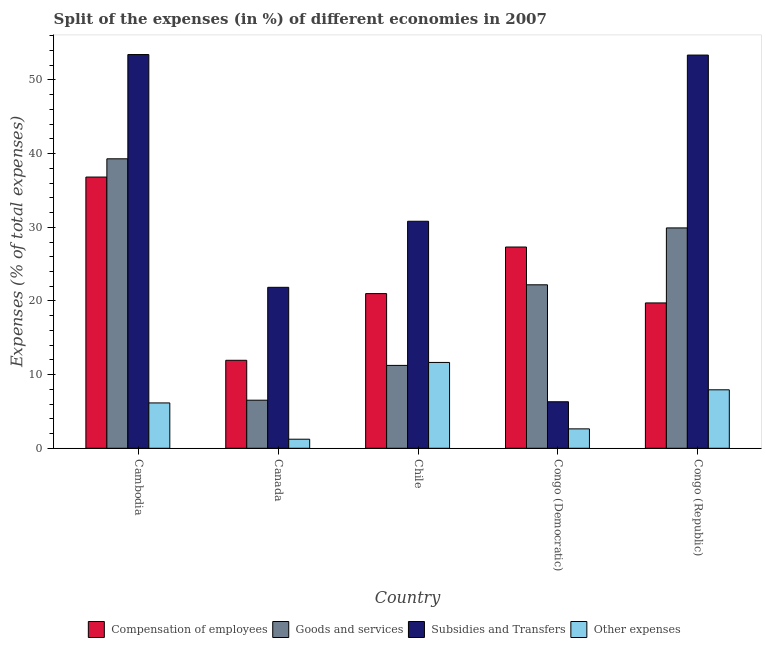
| Country | Compensation of employees | Goods and services | Subsidies and Transfers | Other expenses |
 | --- | --- | --- | --- | --- |
 | Cambodia | 36.8 | 39.3 | 53.5 | 6.16 |
 | Canada | 11.9 | 6.53 | 21.9 | 1.23 |
 | Chile | 21 | 11.3 | 30.8 | 11.7 |
 | Congo (Democratic) | 27.3 | 22.2 | 6.32 | 2.64 |
 | Congo (Republic) | 19.7 | 29.9 | 53.4 | 7.94 |